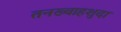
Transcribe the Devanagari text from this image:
तनख्वाहशुदा